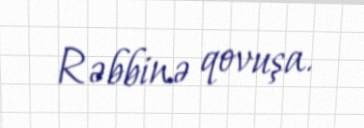
Rəbbinə qovuşa.